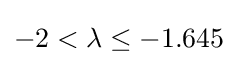
-2<\lambda \leq -1.645